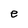
Character: e